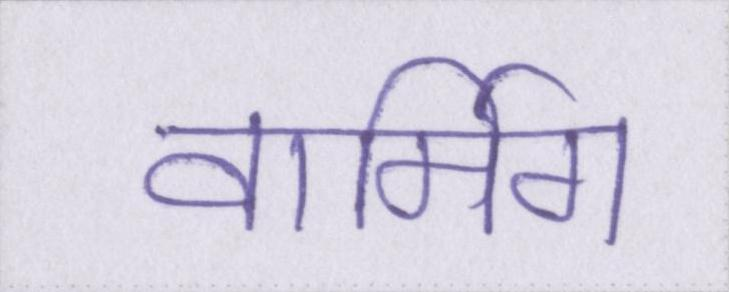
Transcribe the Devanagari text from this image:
वार्मिग